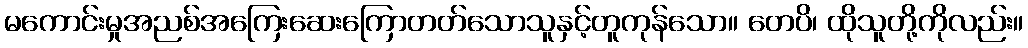
မကောင်းမှုအညစ်အကြေးဆေးကြောတတ်သောသူနှင့်တူကုန်သော။ တေပိ၊ ထိုသူတို့ကိုလည်း။